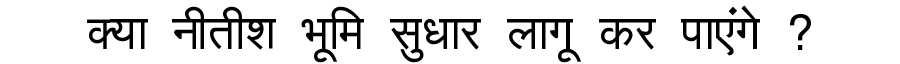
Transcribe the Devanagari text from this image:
क्या नीतीश भूमि सुधार लागू कर पाएंगे ?